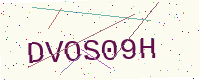
Text: DVOS09H